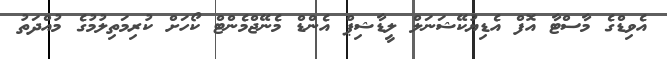
އެވިޑްގެ މާސްޓާ އޮފް އެޑިޔުކޭޝަނަލް ލީޑާޝިޕް އެންޑް މެނޭޖްމެންޓް ކޯހަށް ކުރިމަތިލުމުގެ މުއްދަތު